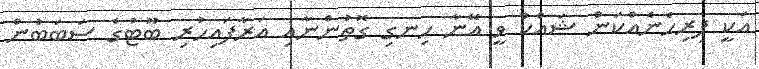
އަކީ ފިރިހެނެއްކަން ޝައްކު ވީ އޭނާ ހިނގި ގޮތުންނާއި އަރާފައިހުރި ބޫޓުގެ ސަބަބުން